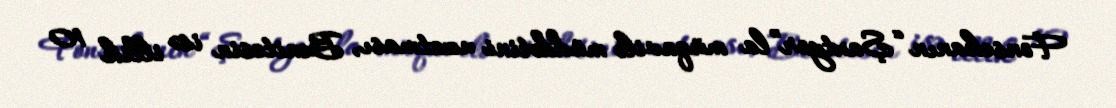
Fonsekanın “Şaxtyor”la müqavilə müddətini uzatması, Benitesin isə illik 10